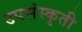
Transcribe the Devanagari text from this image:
उपसंस्कृती